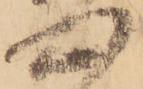
心